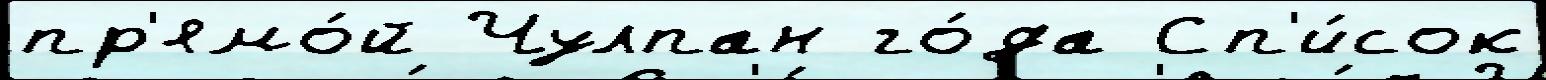
пр'ямо́й Чулпан го́да Сп'и́сок